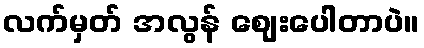
လက်မှတ် အလွန် ဈေးပေါတာပဲ။